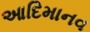
આદિમાનવ